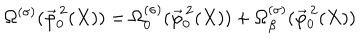
LaTeX: \Omega ^ { ( \sigma ) } ( \vec { \varphi } _ { 0 } ^ { \, 2 } ( X ) ) = \Omega _ { 0 } ^ { ( \sigma ) } ( \vec { \varphi } _ { 0 } ^ { \, 2 } ( X ) ) + \Omega _ { \beta } ^ { ( \sigma ) } ( \vec { \varphi } _ { 0 } ^ { \, 2 } ( X ) )